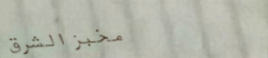
مخبز الشرق